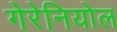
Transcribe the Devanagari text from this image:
गेरेनियोल